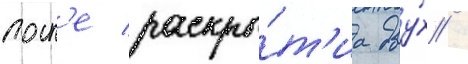
посл'е раскры́т'иа дву́х /